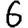
Digit: 6